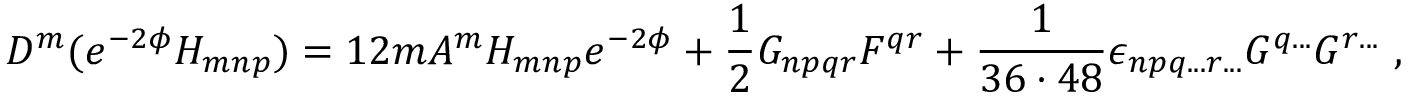
D ^ { m } ( e ^ { - 2 \phi } H _ { m n p } ) = 1 2 m A ^ { m } H _ { m n p } e ^ { - 2 \phi } + \frac { 1 } { 2 } G _ { n p q r } F ^ { q r } + { \frac { 1 } { 3 6 \cdot 4 8 } } \epsilon _ { n p q . . . r . . . } G ^ { q . . . } G ^ { r . . . } \ ,